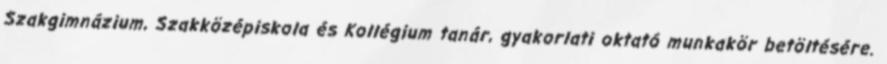
Szakgimnázium, Szakközépiskola és Kollégium tanár, gyakorlati oktató munkakör betöltésére.